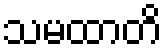
သမထာတိ